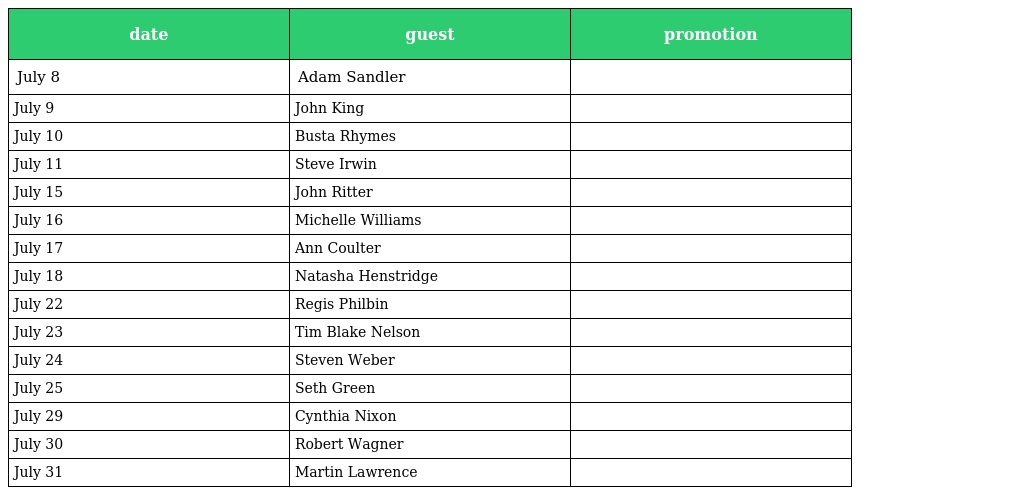
| date | guest | promotion |
 | --- | --- | --- |
 | July 8 | Adam Sandler |  |
 | July 9 | John King |  |
 | July 10 | Busta Rhymes |  |
 | July 11 | Steve Irwin |  |
 | July 15 | John Ritter |  |
 | July 16 | Michelle Williams |  |
 | July 17 | Ann Coulter |  |
 | July 18 | Natasha Henstridge |  |
 | July 22 | Regis Philbin |  |
 | July 23 | Tim Blake Nelson |  |
 | July 24 | Steven Weber |  |
 | July 25 | Seth Green |  |
 | July 29 | Cynthia Nixon |  |
 | July 30 | Robert Wagner |  |
 | July 31 | Martin Lawrence |  |